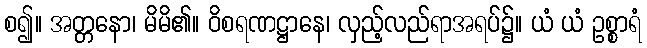
စ၍။ အတ္တနော၊ မိမိ၏။ ဝိစရဏဋ္ဌာနေ၊ လှည့်လည်ရာအရပ်၌။ ယံ ယံ ဥစ္စာရံ